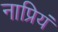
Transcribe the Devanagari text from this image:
नाप्रियं